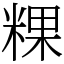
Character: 粿